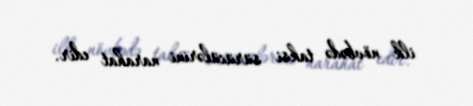
ilk növbədə taksi sürücülərini narahat edir.